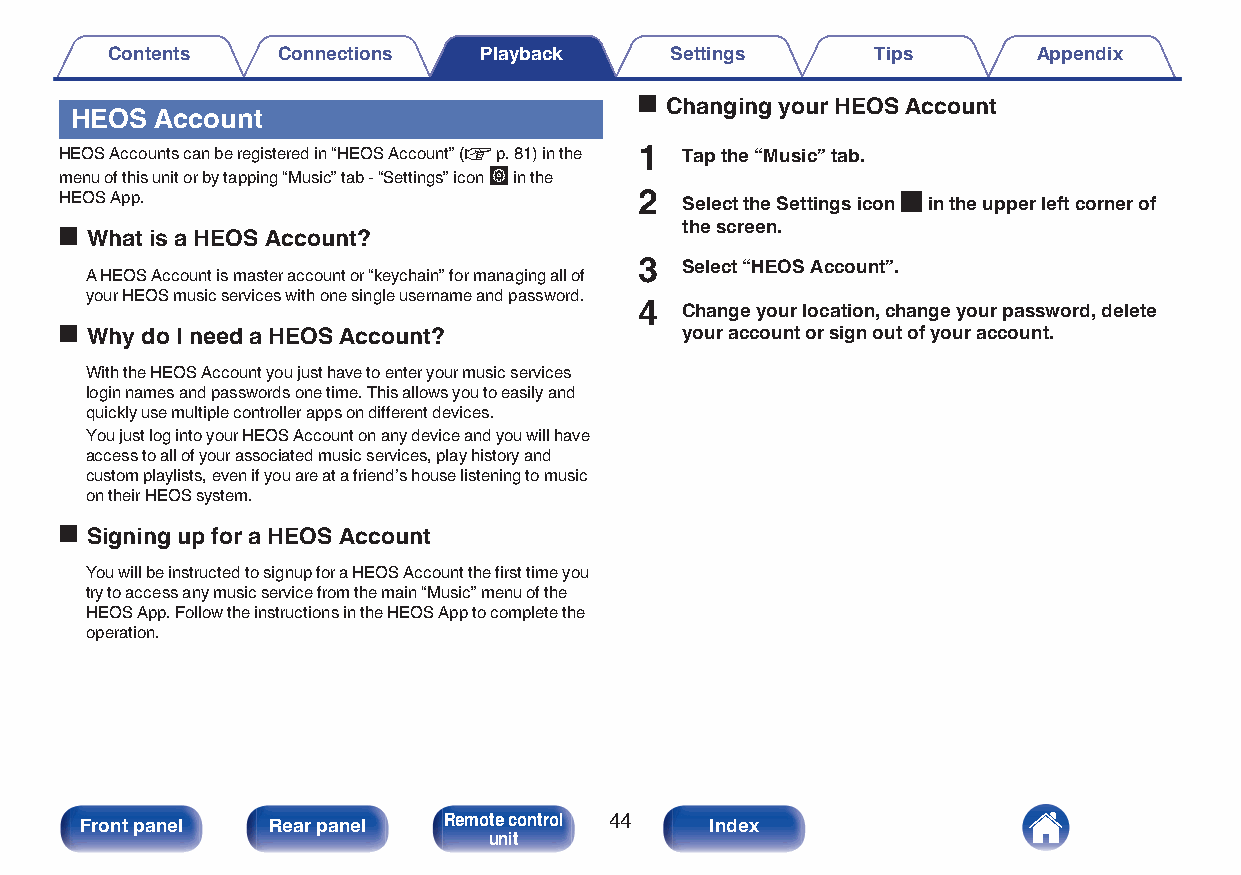
Contents   Connections   Playback    Settings      Tips       Appendix
 o Changing your HEOS Account
 HEOS Account
 HEOS Accounts can be registered in “HEOS Account” (v p. 81) in the 1 Tap the “Music” tab.
 menu of this unit or by tapping “Music” tab - “Settings” icon a in the
 HEOS App.                             2  Select the Settings icon a in the upper left corner of
 the screen.
 o What is a HEOS Account?
 3  Select “HEOS Account”.
 A HEOS Account is master account or “keychain” for managing all of
 your HEOS music services with one single username and password.
 4  Change your location, change your password, delete
 o Why do I need a HEOS Account?          your account or sign out of your account.
 With the HEOS Account you just have to enter your music services
 login names and passwords one time. This allows you to easily and
 quickly use multiple controller apps on different devices.
 You just log into your HEOS Account on any device and you will have
 access to all of your associated music services, play history and
 custom playlists, even if you are at a friend’s house listening to music
 on their HEOS system.
 o Signing up for a HEOS Account
 You will be instructed to signup for a HEOS Account the first time you
 try to access any music service from the main “Music” menu of the
 HEOS App. Follow the instructions in the HEOS App to complete the
 operation.
 Front panel  Rear panel Remote control 44 Index
 unit